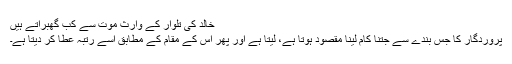
خالدؓ کی تلوار کے وارث موت سے کب گھبراتے ہیں
پروردگار کا جس بندے سے جتنا کام لینا مقصود ہوتا ہے، لیتا ہے اور پھر اس کے مقام کے مطابق اسے رتبہ عطا کر دیتا ہے۔